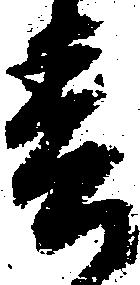
春